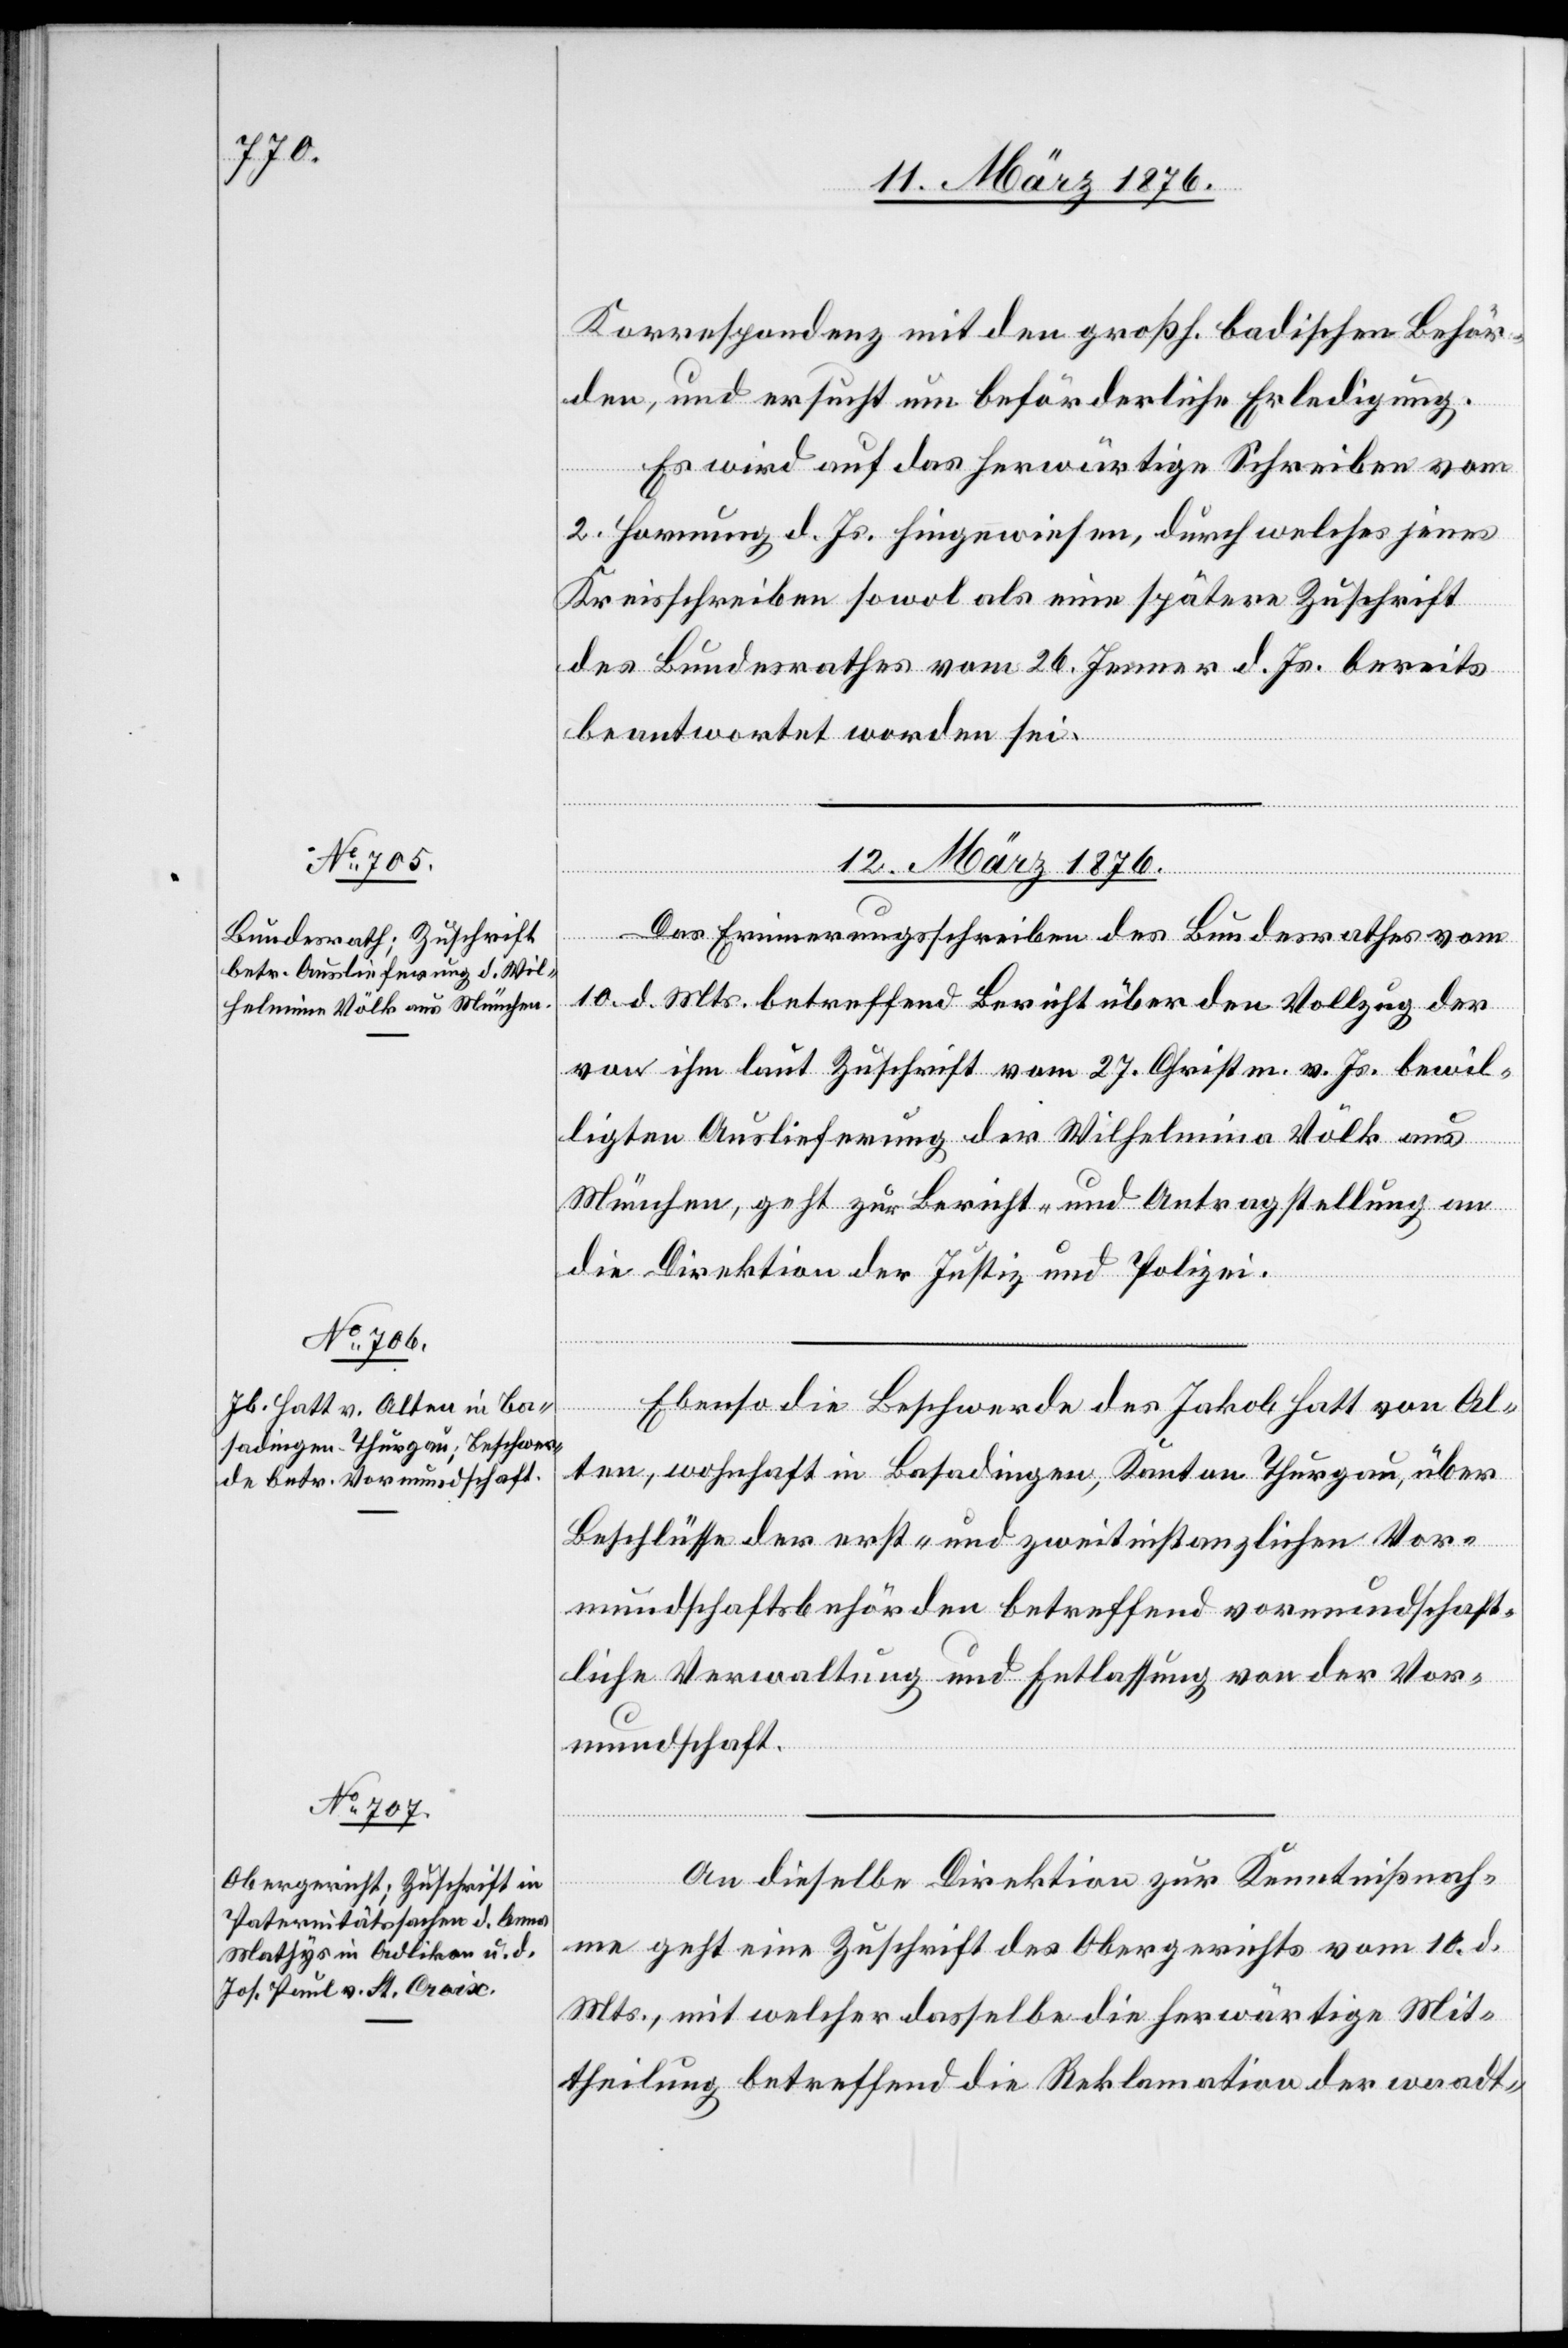
Korrespondenz mit den großh. badischen Behör¬
den, und ersucht um beförderliche Erledigung.
Es wird auf das herwärtige Schreiben vom
2. Hornung d. Js. hingewiesen, durch welches jenes
Kreisschreiben sowol als eine spätere Zuschrift
des Bundesrathes vom 26. Jenner d. Js. bereits
beantwortet worden sei.
12. März 1876.]
Das Erinnerungsschreiben des Bundesrathes vom
10. d. Mts. betreffend Bericht über den Vollzug der
von ihm laut Zuschrift vom 27. Christm. v. Js. bewil¬
ligten Auslieferung der Wilhelmina Völk aus
München, geht zur Bericht- und Antragstellung an
die Direktion der Justiz und Polizei.
Ebenso die Beschwerde des Jakob Hatt von Al¬
ten, wohnhaft in Basadingen, Kanton Thurgau, über
Beschlüsse der erst- und zweitinstanzlichen Vor¬
mundschaftsbehörden betreffend vormundschaft¬
liche Verwaltung und Entlassung von der Vor¬
mundschaft.
An dieselbe Direktion zur Kenntnißnah¬
me geht eine Zuschrift des Obergerichts vom 10. d.
Mts., mit welcher dasselbe die herwärtige Mit¬
theilung betreffend die Reklamation der waadt-